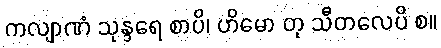
ကလျာဏံ သုန္ဒရေ စာပိ၊ ဟိမော တု သီတလေပိ စ။